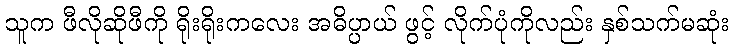
သူက ဖီလိုဆိုဖီကို ရိုးရိုးကလေး အဓိပ္ပာယ် ဖွင့် လိုက်ပုံကိုလည်း နှစ်သက်မဆုံး